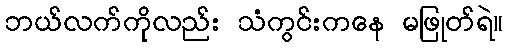
ဘယ်လက်ကိုလည်း သံကွင်းကနေ မဖြုတ်ရဲ။